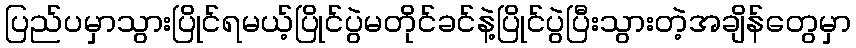
ပြည်ပမှာသွားပြိုင်ရမယ့်ပြိုင်ပွဲမတိုင်ခင်နဲ့ပြိုင်ပွဲပြီးသွားတဲ့အချိန်တွေမှာ